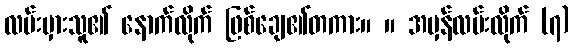
လမ်းမှားသူ၏ နောက်လိုက် ဖြစ်ချေ၏တကား။ ။ အမှန်လမ်းလိုက် (၇)